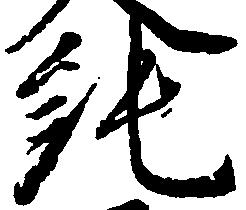
純